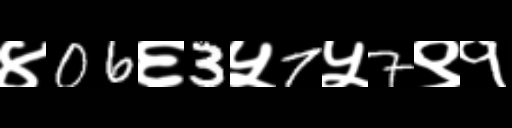
Text: ४06६3५7५7९१